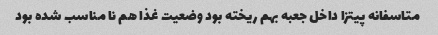
متاسفانه پیتزا داخل جعبه بهم ریخته بود وضعیت غذا هم نا مناسب شده بود